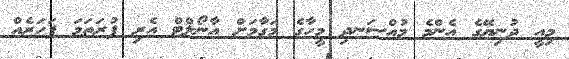
މިއީ ދުނިޔޭގެ އެންމެ މުއްސަނދި މީހާގެ މަގާމަށް އާނޯލްޓް އެރި ފުރަތަމަ ފަހަރެއް